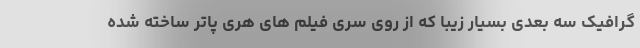
گرافیک سه بعدی بسیار زیبا که از روی سری فیلم های هری پاتر ساخته شده